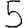
Digit: 5